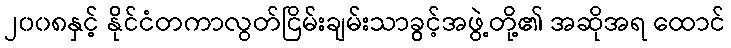
၂၀၀၈နှင့် နိုင်ငံတကာလွတ်ငြိမ်းချမ်းသာခွင့်အဖွဲ့တို့၏ အဆိုအရ ထောင်